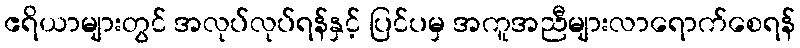
ဧရိယာများတွင် အလုပ်လုပ်ရန်နှင့် ပြင်ပမှ အကူအညီများလာရောက်စေရန်